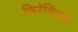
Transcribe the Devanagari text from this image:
फिरॅक्सिस